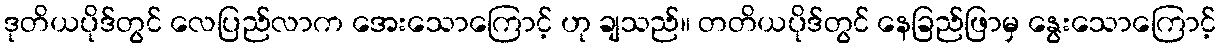
ဒုတိယပိုဒ်တွင် လေပြည်လာက အေးသောကြောင့် ဟု ချသည်။ တတိယပိုဒ်တွင် နေခြည်ဖြာမှ နွေးသောကြောင့်